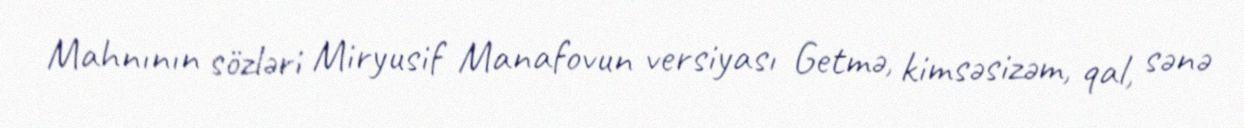
Mahnının sözləri Miryusif Manafovun versiyası Getmə, kimsəsizəm, qal, sənə